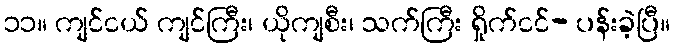
၁၁။ ကျင်ငယ် ကျင်ကြီး၊ ယိုကျစီး၊ သက်ကြီး ရှိုက်ငင်- ပန်းခဲ့ပြီ။